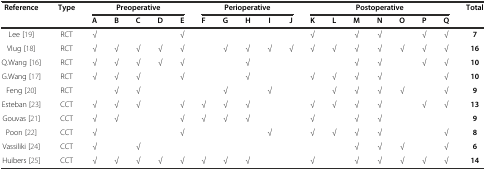
<table><thead><tr><td rowspan="2"><b>Reference</b></td><td rowspan="2"><b>Type</b></td><td colspan="5"><b>Preoperative</b></td><td colspan="5"><b>Perioperative</b></td><td colspan="7"><b>Postoperative</b></td><td rowspan="2"><b>Total</b></td></tr><tr><td><b>A</b></td><td><b>B</b></td><td><b>C</b></td><td><b>D</b></td><td><b>E</b></td><td><b>F</b></td><td><b>G</b></td><td><b>H</b></td><td><b>I</b></td><td><b>J</b></td><td><b>K</b></td><td><b>L</b></td><td><b>M</b></td><td><b>N</b></td><td><b>O</b></td><td><b>P</b></td><td><b>Q</b></td></tr></thead><tbody><tr><td>Lee [19]</td><td>RCT</td><td>√</td><td></td><td></td><td></td><td>√</td><td></td><td></td><td></td><td></td><td></td><td>√</td><td></td><td>√</td><td>√</td><td></td><td>√</td><td>√</td><td><b>7</b></td></tr><tr><td>Vlug [18]</td><td>RCT</td><td>√</td><td>√</td><td>√</td><td>√</td><td>√</td><td></td><td>√</td><td>√</td><td>√</td><td>√</td><td>√</td><td>√</td><td>√</td><td>√</td><td>√</td><td>√</td><td>√</td><td><b>16</b></td></tr><tr><td>Q.Wang [16]</td><td>RCT</td><td>√</td><td>√</td><td>√</td><td>√</td><td>√</td><td></td><td></td><td>√</td><td></td><td></td><td></td><td></td><td>√</td><td>√</td><td></td><td>√</td><td>√</td><td><b>10</b></td></tr><tr><td>G.Wang [17]</td><td>RCT</td><td>√</td><td>√</td><td>√</td><td></td><td>√</td><td></td><td></td><td>√</td><td></td><td></td><td>√</td><td>√</td><td>√</td><td>√</td><td></td><td></td><td>√</td><td><b>10</b></td></tr><tr><td>Feng [20]</td><td>RCT</td><td></td><td>√</td><td>√</td><td></td><td></td><td></td><td>√</td><td></td><td>√</td><td></td><td></td><td>√</td><td>√</td><td>√</td><td>√</td><td></td><td>√</td><td><b>9</b></td></tr><tr><td>Esteban [23]</td><td>CCT</td><td>√</td><td>√</td><td>√</td><td></td><td>√</td><td>√</td><td>√</td><td>√</td><td></td><td></td><td>√</td><td>√</td><td>√</td><td>√</td><td></td><td>√</td><td>√</td><td><b>13</b></td></tr><tr><td>Gouvas [21]</td><td>CCT</td><td>√</td><td>√</td><td></td><td></td><td>√</td><td>√</td><td>√</td><td>√</td><td></td><td></td><td>√</td><td></td><td>√</td><td>√</td><td></td><td></td><td></td><td><b>9</b></td></tr><tr><td>Poon [22]</td><td>CCT</td><td>√</td><td></td><td></td><td></td><td>√</td><td></td><td></td><td></td><td>√</td><td></td><td>√</td><td>√</td><td>√</td><td>√</td><td></td><td></td><td>√</td><td><b>8</b></td></tr><tr><td>Vassiliki [24]</td><td>CCT</td><td>√</td><td></td><td>√</td><td></td><td></td><td></td><td></td><td></td><td></td><td></td><td></td><td></td><td>√</td><td>√</td><td>√</td><td></td><td>√</td><td><b>6</b></td></tr><tr><td>Huibers [25]</td><td>CCT</td><td>√</td><td>√</td><td>√</td><td>√</td><td>√</td><td>√</td><td>√</td><td>√</td><td></td><td></td><td>√</td><td></td><td>√</td><td>√</td><td>√</td><td>√</td><td>√</td><td><b>14</b></td></tr></tbody></table>